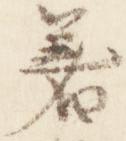
着